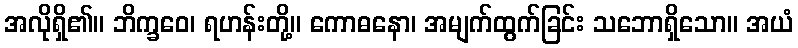
အလိုရှိ၏။ ဘိက္ခဝေ၊ ရဟန်းတို့။ ကောဓနော၊ အမျက်ထွက်ခြင်း သဘောရှိသော။ အယံ